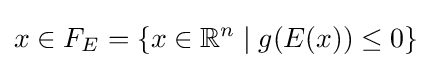
x\in F_{E}=\{x\in \mathbb {R} ^{n}\;|\;g(E(x))\leq 0\}